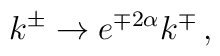
k^{\pm} \rightarrow  e^{\mp2\alpha}k^{\mp} \,,